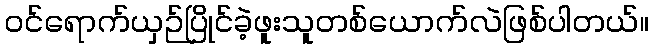
ဝင်ရောက်ယှဉ်ပြိုင်ခဲ့ဖူးသူတစ်ယောက်လဲဖြစ်ပါတယ်။